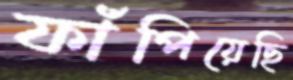
ফাঁপিয়েছি